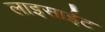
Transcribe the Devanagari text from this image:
लाइसाईट